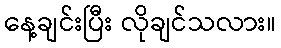
နေ့ချင်းပြီး လိုချင်သလား။